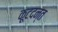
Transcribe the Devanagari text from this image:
कूटदन्त